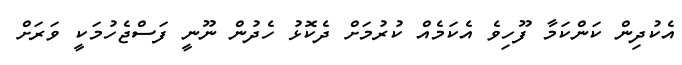
އެކުދިން ކަންކަމާ ފޫހިވެ އެކަމެއް ކުރުމަށް ދެކޮޅު ހެދުން ނޫނީ ފަސްޖެހުމަކީ ވަރަށް